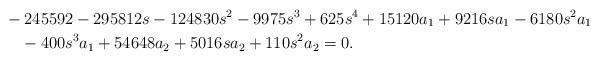
LaTeX: \begin{align*}&-245592 - 295812 s - 124830 s^2 - 9975 s^3 + 625 s^4 + 15120 a_1 + 9216 s a_1 - 6180 s^2 a_1 \\&\quad- 400 s^3 a_1 + 54648 a_2 + 5016 s a_2 + 110 s^2 a_2=0.\end{align*}